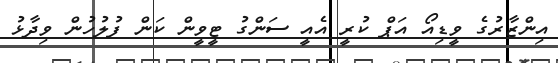
އިންޒާރުގެ ވީޑިއޯ އަޕް ކުރީ އެއީ ސަންގު ޓީވީން ކަން ފުލުހުން ވިދާޅު